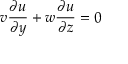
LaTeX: v { \frac { \partial u } { \partial y } } + w { \frac { \partial u } { \partial z } } = 0